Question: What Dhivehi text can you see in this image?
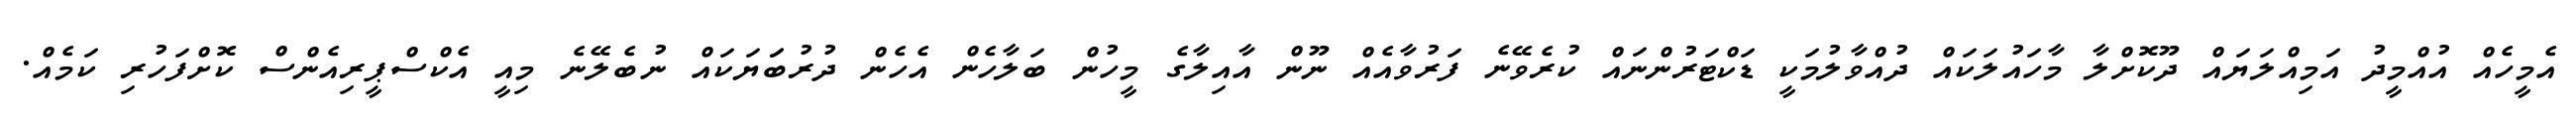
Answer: އެމީހެއް އުއްމީދު އަމިއްލަޔައް ދޫކޮށްލާ މާހައުލަކައް ދުއްވާލުމަކީ ޑަކްޓަރުންނައް ކުރެވޭނެ ފަރުވާއެއް ނޫން އާއިލާގެ މީހުން ބަލާހެން އެހެން ދުރުބަަޔަކައް ނުބެލޭނެ މިއީ އެކްސްޕީރިއެންސް ކޮށްފަހުރި ކަމެއް.